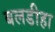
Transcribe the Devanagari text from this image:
बलडीहा